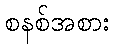
စနစ်အစား